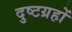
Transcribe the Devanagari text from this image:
दुष्टग्रहों